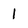
Character: 1